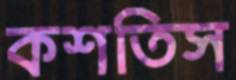
কশতিস